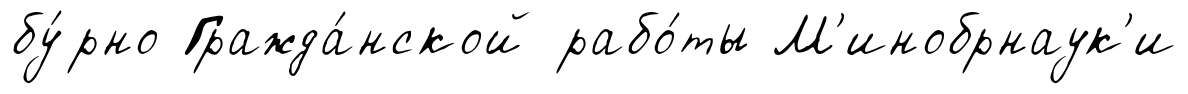
бу́рно Гражда́нской рабо́ты М'инобрнаук'и